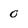
Character: 0